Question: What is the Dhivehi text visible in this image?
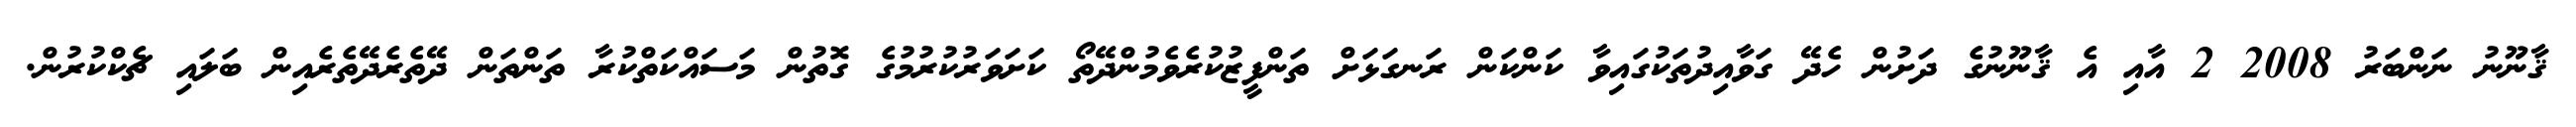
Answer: ޤާނޫނު ނަންބަރު 2008 2 އާއި އެ ޤާނޫނުގެ ދަށުން ހެދޭ ގަވާއިދުތަކުގައިވާ ކަންކަން ރަނގަޅަށް ތަންފީޒުކުރެވެމުންދޭތޯ ކަށަވަރުކުރުމުގެ ގޮތުން މަސައްކަތްކުރާ ތަންތަން ދޭތެރެދޭތެރެއިން ބަލައި ޗެކްކުރުން.